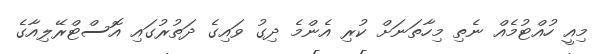
މިއީ ހުއްޓުމެއް ނެތި މިހާތަނަށް ކުރި އެންމެ ދިގު ވައިގެ ދަތުރުގައި އޮސްޓްރޭލިއާގެ